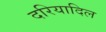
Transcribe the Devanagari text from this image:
दरियादिल